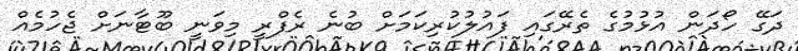
ދަގޭ ހޯދަން އުޅުމުގެ ތެރޭގައި ފައުލުކުރިކަމަށް ބުނެ ރެފްރީ މިވަނީ ބޫޓާނަށް ޖެހުމެއް